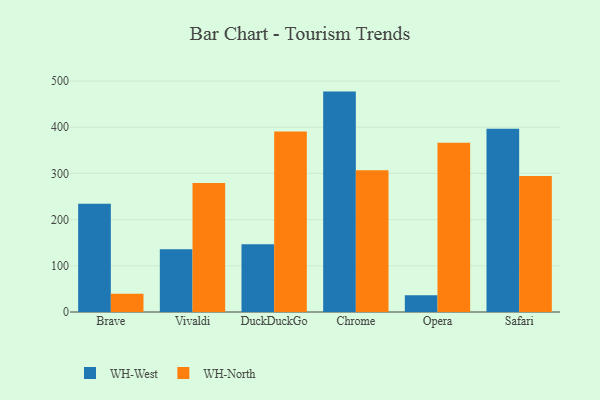
{"axis": {"x": "Browser", "y": "Population (Million)"}, "legend": ["WH-North", "WH-West"], "data": [{"x": "Brave", "y": 234.2, "type": "WH-West"}, {"x": "Brave", "y": 39.3, "type": "WH-North"}, {"x": "Vivaldi", "y": 135.8, "type": "WH-West"}, {"x": "Vivaldi", "y": 279.0, "type": "WH-North"}, {"x": "DuckDuckGo", "y": 146.9, "type": "WH-West"}, {"x": "DuckDuckGo", "y": 390.8, "type": "WH-North"}, {"x": "Chrome", "y": 477.1, "type": "WH-West"}, {"x": "Chrome", "y": 306.9, "type": "WH-North"}, {"x": "Opera", "y": 36.0, "type": "WH-West"}, {"x": "Opera", "y": 366.5, "type": "WH-North"}, {"x": "Safari", "y": 396.9, "type": "WH-West"}, {"x": "Safari", "y": 294.3, "type": "WH-North"}]}